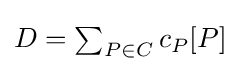
{\textstyle D=\sum _{P\in C}{c_{P}[P]}}